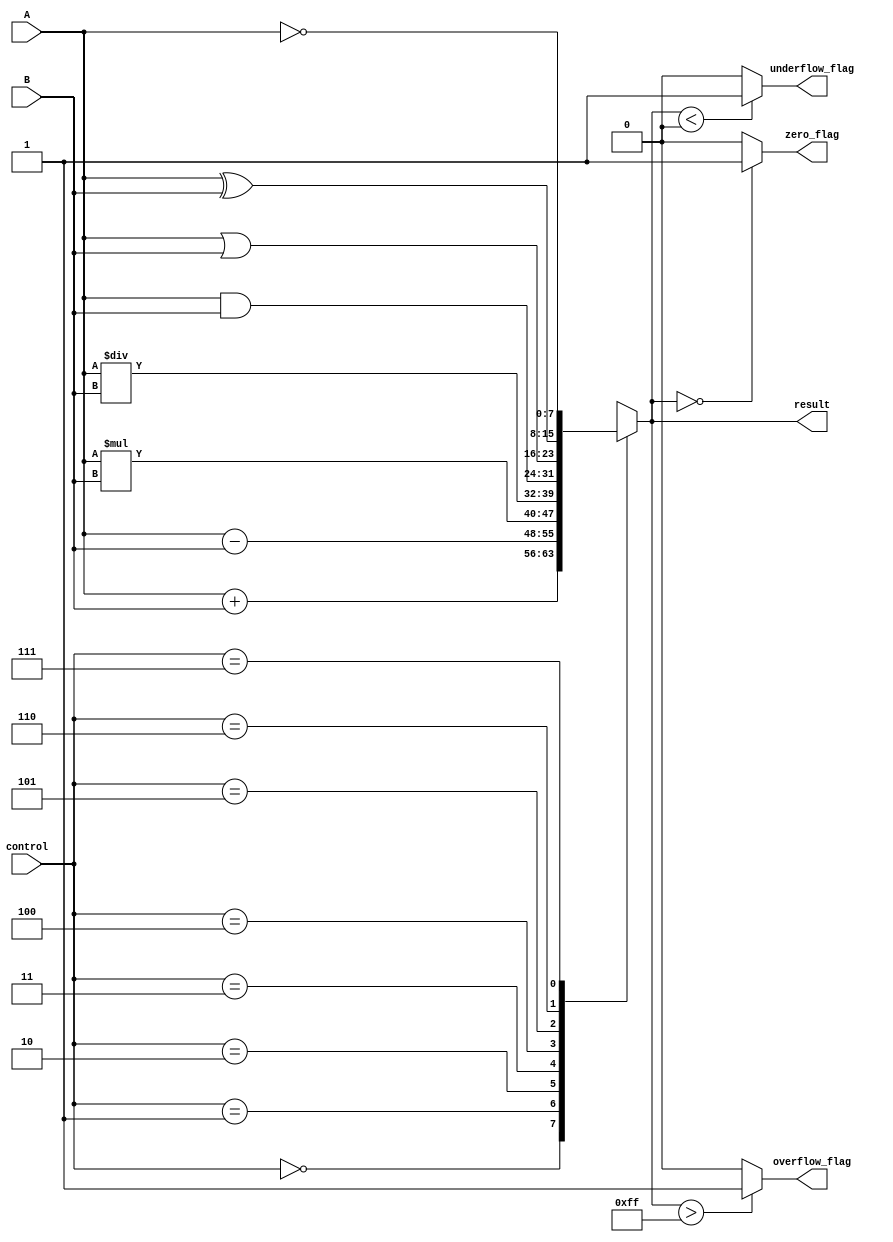
module ALU (
    input [7:0] A, 
    input [7:0] B,
    input [2:0] control,
    output reg [7:0] result,
    output reg zero_flag,
    output reg overflow_flag,
    output reg underflow_flag
);

always @(*) begin
    case (control)
        3'b000: result = A + B; // addition
        3'b001: result = A - B; // subtraction
        3'b010: result = A * B; // multiplication
        3'b011: result = A / B; // division
        3'b100: result = A & B; // AND
        3'b101: result = A | B; // OR
        3'b110: result = A ^ B; // XOR
        3'b111: result = ~A;    // NOT
    endcase
    
    if (result == 0) begin
        zero_flag = 1;
    end else begin
        zero_flag = 0;
    end
    
    if (result > 255) begin
        overflow_flag = 1;
    end else begin
        overflow_flag = 0;
    end
    
    if (result < 0) begin
        underflow_flag = 1;
    end else begin
        underflow_flag = 0;
    end
end

endmodule